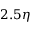
2 . 5 \eta